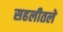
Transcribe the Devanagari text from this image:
सहलीतले